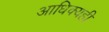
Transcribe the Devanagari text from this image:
आधिक्यही